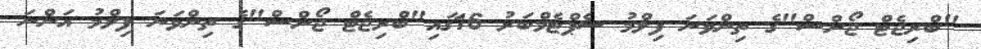
"ބްރިޖެޓް ޖޯންސް"ގެ ތިންވަނަ ފިލްމު ސެޕްޓެމްބަރު 16ގައި"ބްރިޖެޓް ޖޯންސް"ގެ ތިންވަނަ ފިލްމު އަންނަ